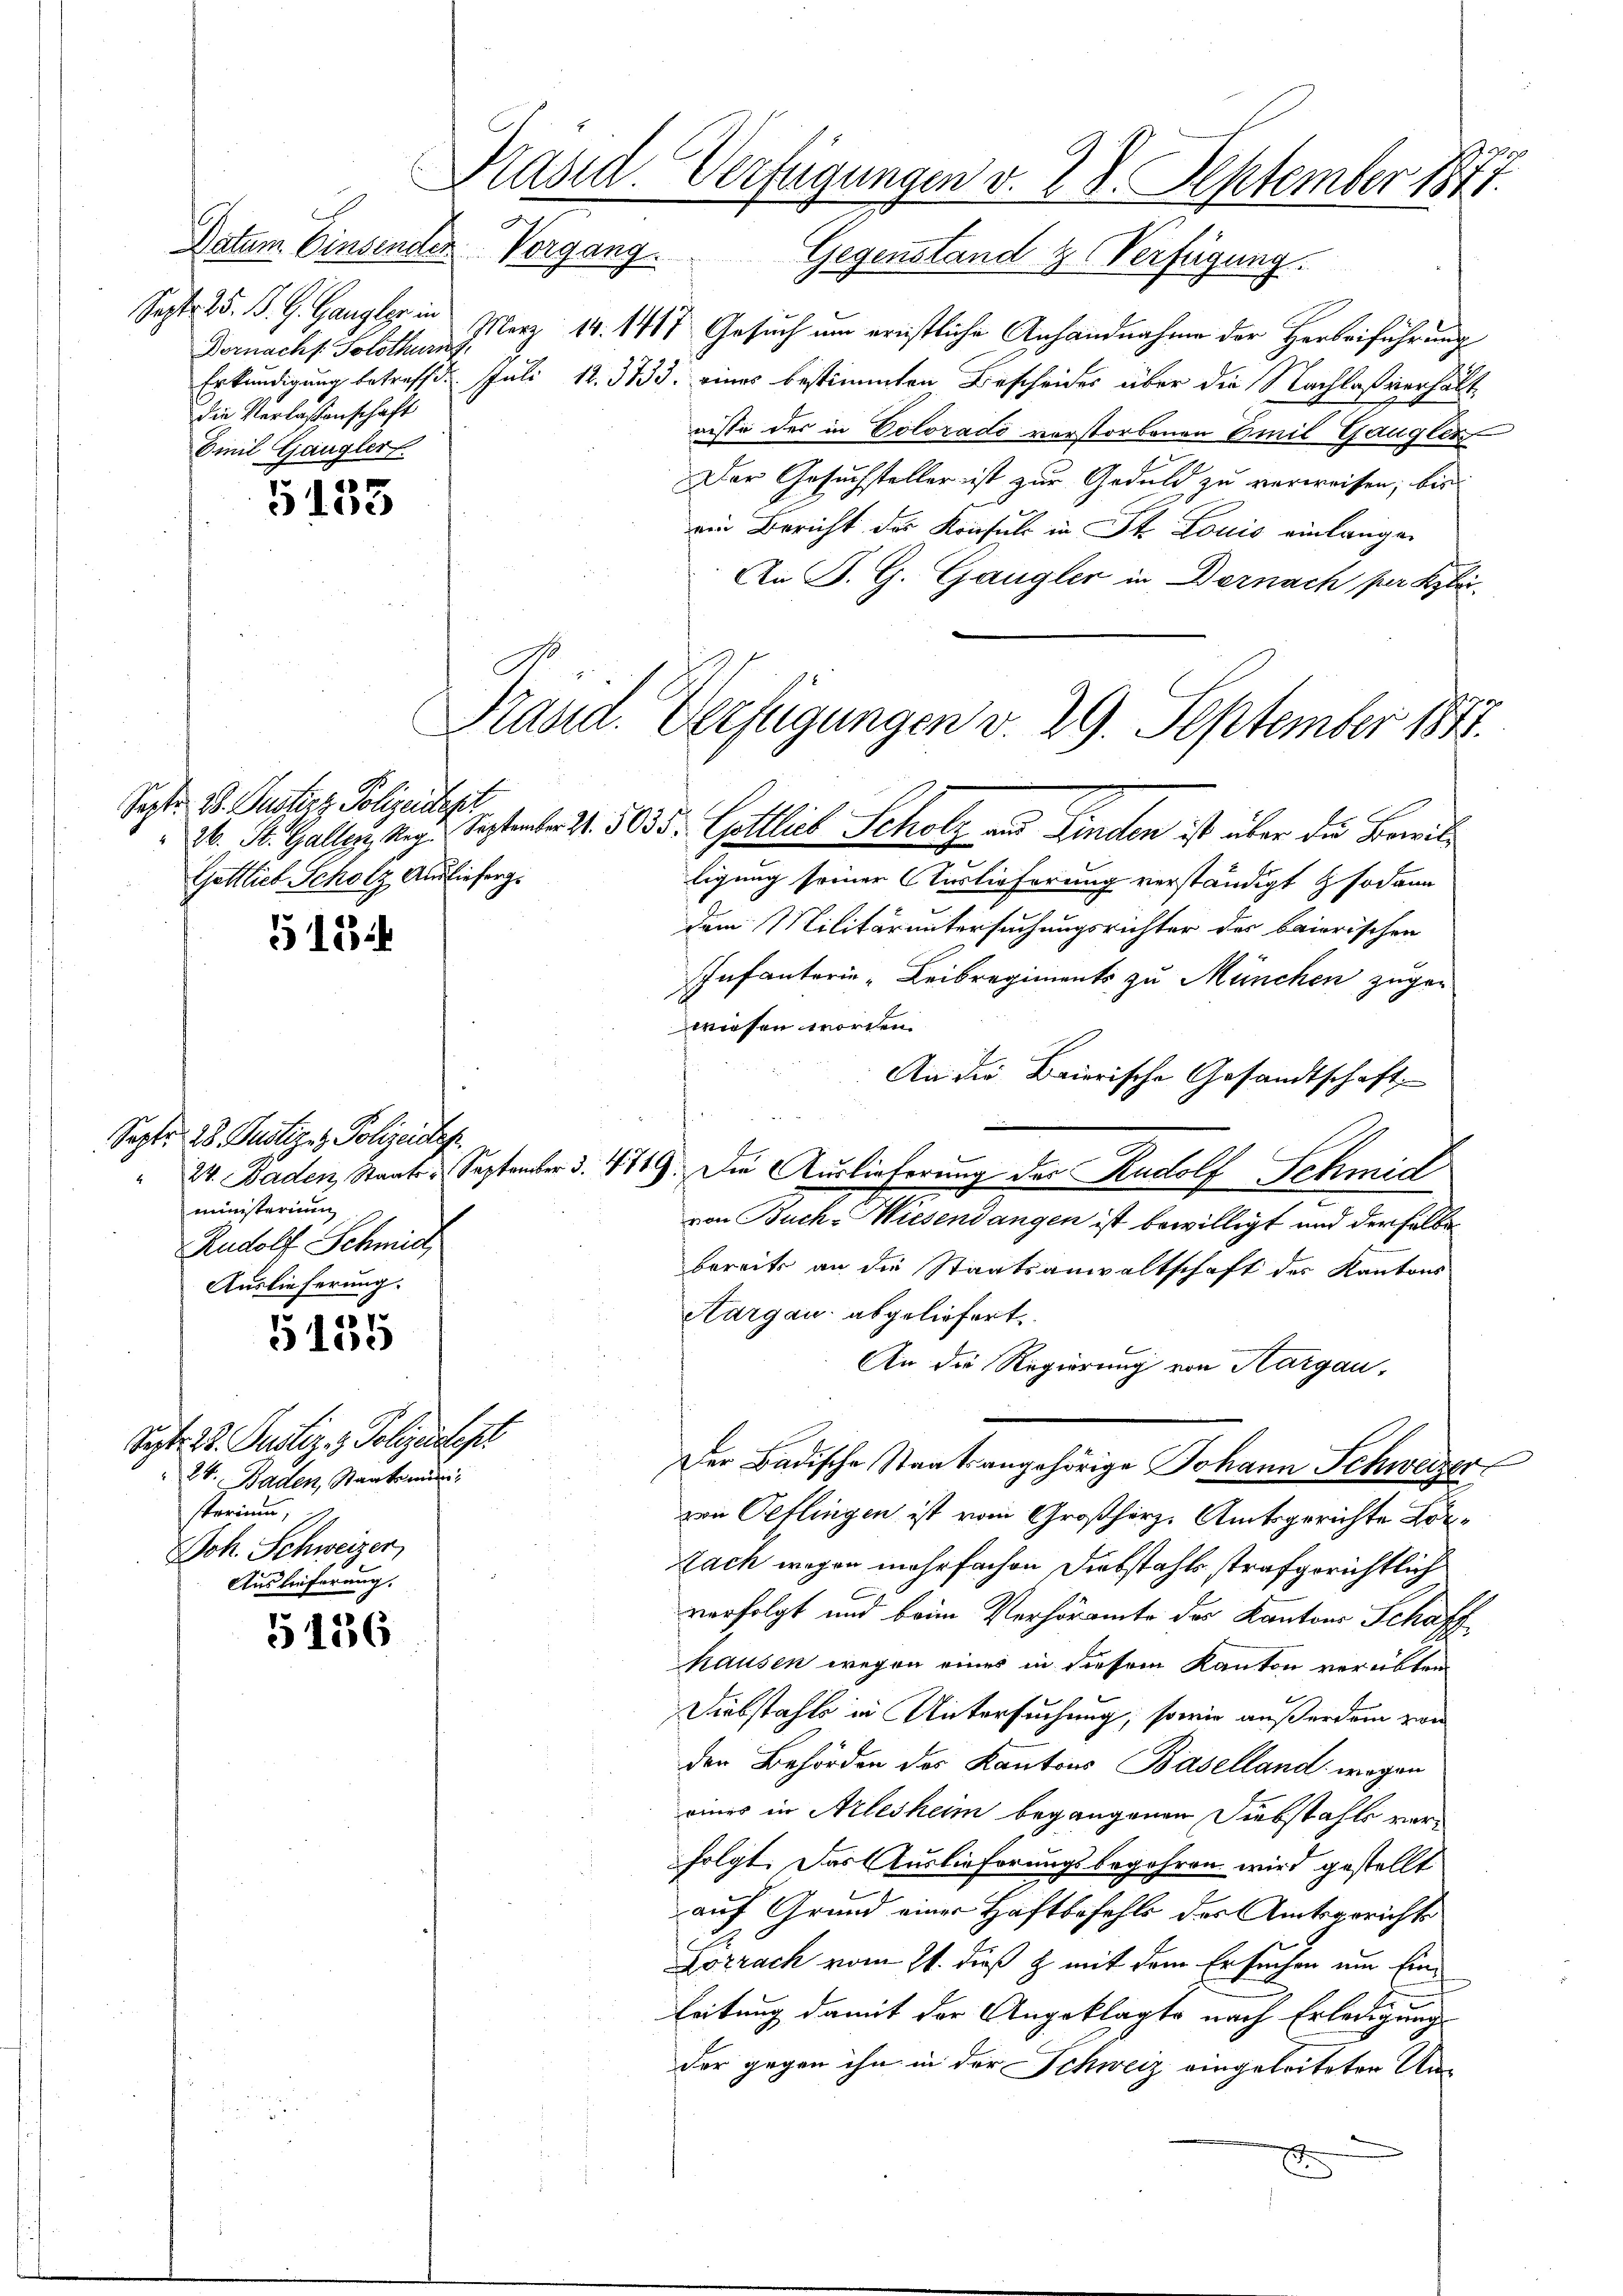
Datum Einsender.
Sept. 15. B. G. Gangler in
Dornacht. Solothurn
die Verlassenschaft
Emil Gangler

5135

518

Septe 28. Justiz- & Polizeistes.
24. Baden Staats September
ministerium
Rudolf Schmid
Auslieferung.

5135

5136

Präsid. Verfügungen v. 28. September 1877.
Vorgang.
Gegenstand zu Verfügung.

März 14. 1417 Gesuch um ernstliche Anhandnahme der Herbeiführung
Erkundigung betreff d. Juli 12. 3733. eines bestimmten Bescheides über die Nachlaßverhältnisse des in Coloradi vorstorbenen Emil Gangler
Der Gesuchsteller ist zur Geduld zu verweisen; bis
ein Bericht der Konsuls in St. Louis einlangen
An P. G. Gangler in Darnach per Klei

Sept. 28. Justiz & Polizeidep
2t. Baden, Staatsmi
storium, 1
Joh. Schweizer,
Auslieferung.

Sept. D. Pusterz. Polizeitigt
Gottlieb Scholz Auslieferg.

Prand. Verfügungen v. 29. September 1891.

26. St. Gallen, Reg. September 2. 5035: Gottlich Scholz aus Linden ist über die Bewil¬
u
ligung seiner Auslieferung verständigt sodann
dem Militär untersuchungsrichter der baierischen
Infanterie - Leibregiments zu München zugewiesen worden.
An die Baierische Gesandtschaft
§. 479. Die Auslieferung des Rudolf Schmidh
von Buch-Wiesendangen ist bewilligt und der selbe
bereits an die Staatsanwaltschaft des Kantons
Aargau abgeliefert
An die Regierung von Aargau,
Der Badische Staatsangehörige Johann Schweizer
von Petlingen ist vom Großherz, Amtsgerichte Kör¬
Zach wegen mehrfachen Diebstahls strafgerichtlich
verfolgt und beim Verhöramte des Kantons Schaff
hausen wegen eines in diesem Kanton verübten
Diebstahls in Untersuchung, sowie außerdem zwei
den Behörden des Kantons Baselland wegen
eines in Arlesheim begangenen Siebstahls verfolgt. Das Auslieferungsbegehren wird gestellt
auf Grund einer Haftbefehls des Amtsgerichts
Lörrach vom 21. dieß z mit dem Ersuchen um Einleitung damit der Angeklagte nach Erledigung
der gegen ihn in der Schweiz eingeleiteten Un¬
E